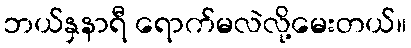
ဘယ်နှနာရီ ရောက်မလဲလို့မေးတယ်။